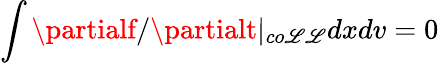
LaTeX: \int\partialf/\partialt\rvert_{co\mathscr{L}\mathscr{L}}dxdv=0